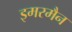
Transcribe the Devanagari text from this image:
इमरमैन